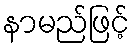
နာမည်ဖြင့်